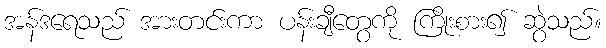
အန်ဒရေသည် အားတင်းကာ ပန်းချီတွေကို ကြိုးစား၍ ဆွဲသည်။